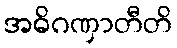
အဓိဂဏှာတီတိ